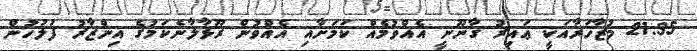
21:35 މުޒާހަރާއަކީ ޢައިރު ޤާނޫނީ އެއްވުމެއް ކަމަށާއި އެއްވުން ރޫޅާލާނެކަމުގެ އިންޒާރު ފުލުހުން